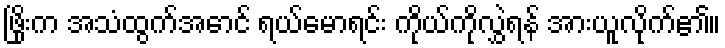
ဖြိုးက အသံထွက်အောင် ရယ်မောရင်း ကိုယ်ကိုလွှဲရန် အားယူလိုက်၏။